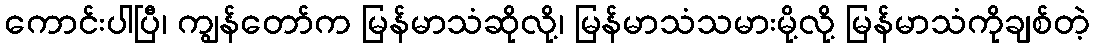
ကောင်းပါပြီ၊ ကျွန်တော်က မြန်မာသံဆိုလို့၊ မြန်မာသံသမားမို့လို့ မြန်မာသံကိုချစ်တဲ့